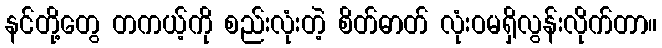
နင်တို့တွေ တကယ့်ကို စည်းလုံးတဲ့ စိတ်ဓာတ် လုံးဝမရှိလွန်းလိုက်တာ။